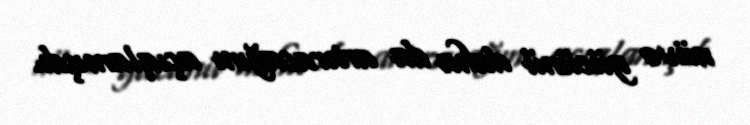
nüvə gücünü daha da artıracağını açıqlamışdı.